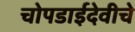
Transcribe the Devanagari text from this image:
चोपडाईदेवीचे